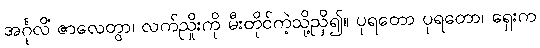
အင်္ဂုလိံ ဇာလေတွာ၊ လက်ညှိုးကို မီးတိုင်ကဲ့သို့ညှိ၍။ ပုရတော ပုရတော၊ ရှေးက